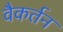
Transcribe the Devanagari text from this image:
वैकर्तन